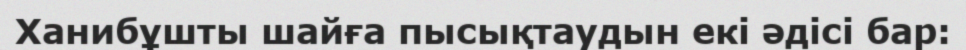
Ханибұшты шайға пысықтаудын екі әдісі бар: